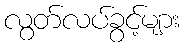
လွတ်လပ်ခွင့်များ